Annual administration report of the Civil Veterinary Department of India - 1892-1893
Year: 1892
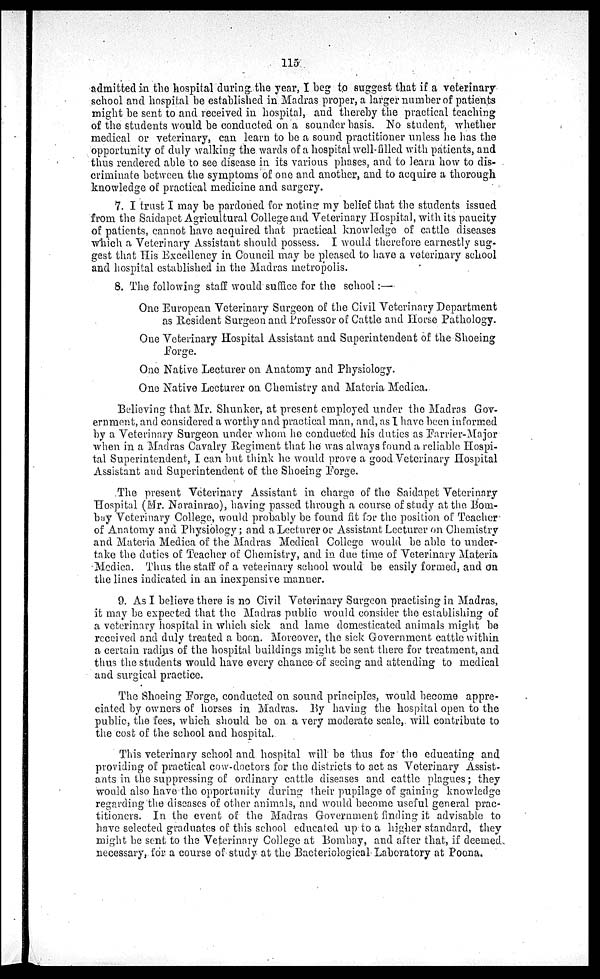
115
admitted in the hospital during the year, I beg to suggest that if a veterinary
school and hospital be established in Madras proper, a larger number of patients
might be sent to and received in hospital, and thereby the practical teaching
of the students would be conducted on a sounder basis. No student, whether
medical or veterinary, can learn to be a sound practitioner unless he has the
opportunity of duly walking the wards of a hospital well-filled with patients, and
thus rendered able to see disease in its various phases, and to learn how to dis-
criminate between the symptoms of one and another, and to acquire a thorough
knowledge of practical medicine and surgery.
7. I trust I may be pardoned for noting my belief that the students issued
from the Saidapet Agricultural College and Veterinary Hospital, with its paucity
of patients, cannot have acquired that practical knowledge of cattle diseases
which a Veterinary Assistant should possess. I would therefore earnestly sug-
gest that His Excellency in Council may be pleased to have a veterinary school
and hospital established in the Madras metropolis.
8. The following staff would suffice for the school:—
One European Veterinary Surgeon of the Civil Veterinary Department
as Resident Surgeon and Professor of Cattle and Horse Pathology.
One Veterinary Hospital Assistant and Superintendent of the Shoeing
Forge.
One Native Lecturer on Anatomy and Physiology.
One Native Lecturer on Chemistry and Materia Medica.
Believing that Mr. Shunker, at present employed under the Madras Gov-
ernment, and considered a worthy and practical man, and, as I have been informed
by a Veterinary Surgeon under whom he conducted his duties as Farrier-Major
when in a Madras Cavalry Regiment that he was always found a reliable Hospi-
tal Superintendent, I can but think he would prove a good Veterinary Hospital
Assistant and Superintendent of the Shoeing Forge.
The present Veterinary Assistant in charge of the Saidapet Veterinary
Hospital (Mr. Narainrao), having passed through a course of study at the Bom-
bay Veterinary College, would probably be found fit for the position of Teacher
of Anatomy and Physiology; and a Lecturer or Assistant Lecturer on Chemistry
and Materia Medica of the Madras Medical College would be able to under-
take the duties of Teacher of Chemistry, and in due time of Veterinary Materia
Medica. Thus the staff of a veterinary school would be easily formed, and on
the lines indicated in an inexpensive manner.
9. As I believe there is no Civil Veterinary Surgeon practising in Madras,
it may be expected that the Madras public would consider the establishing of
a veterinary hospital in which sick and lame domesticated animals might be
received and duly treated a boon. Moreover, the sick Government cattle within
a certain radius of the hospital buildings might be sent there for treatment, and
thus the students would have every chance of seeing and attending to medical
and surgical practice.
The Shoeing Forge, conducted on sound principles, would become appre-
ciated by owners of horses in Madras. By having the hospital open to the
public, the fees, which should be on a very moderate scale, will contribute to
the cost of the school and hospital.
This veterinary school and hospital will be thus for the educating and
providing of practical cow-doctors for the districts to act as Veterinary Assist-
ants in the suppressing of ordinary cattle diseases and cattle plagues; they
would also have the opportunity during their pupilage of gaining knowledge
regarding the diseases of other animals, and would become useful general prac-
titioners. In the event of the Madras Government finding it advisable to
have selected graduates of this school educated up to a higher standard, they
might be sent to the Veterinary College at Bombay, and after that, if deemed
necessary, for a course of study at the Bacteriological Laboratory at Poona.